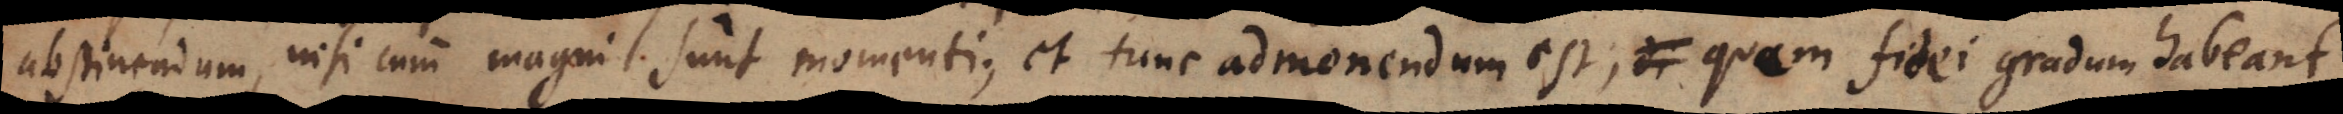
abstinendum, nisi cum magni sunt momenti; et tunc admonendum est, di quem fidei gradum habeant